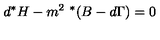
d ^ { * } H - m ^ { 2 } \ ^ { * } ( B - d \Gamma ) = 0